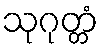
သုဂုတ္တံ